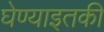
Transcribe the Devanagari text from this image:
घेण्याइतकी